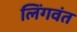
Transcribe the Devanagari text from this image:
लिंगवंत